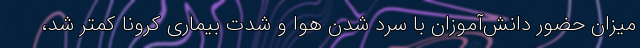
میزان حضور دانش‌آموزان با سرد شدن هوا و شدت بیماری کرونا کمتر شد،